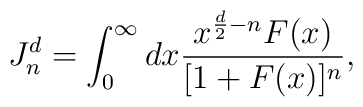
J_{n}^{d}=\int_{0}^{\infty}dx\frac{x^{\frac{d}{2}-n}F(x)}{[1+F(x)]^{n}},